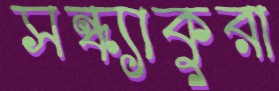
সন্ধ্যাকুরা